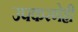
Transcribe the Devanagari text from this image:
उपकरणेही